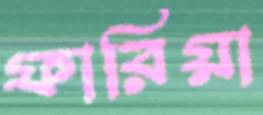
ফারিয়া